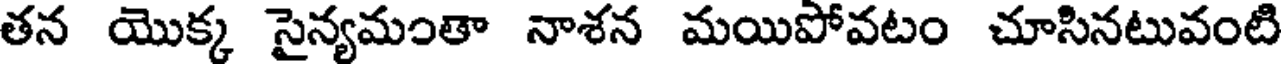
తన యొక్క సైన్యమంతా నాశన మయిపోవటం చూసినటువంటి